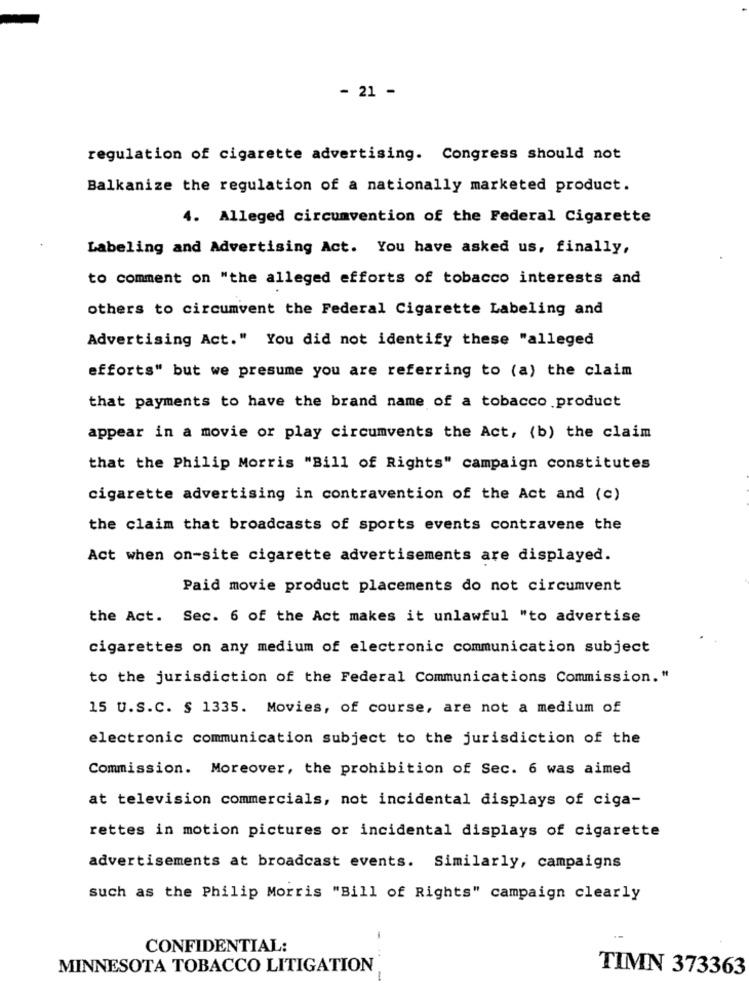
- 21 -
regulation of cigarette advertising. Congress should not
Balkanize the regulation of a nationally marketed product.
4. Alleged circumvention of the Federal Cigarette
Labeling and Advertising Act. You have asked us, finally,
to comment on "the alleged efforts of tobacco interests and
others to circumvent the Federal Cigarette Labeling and
Advertising Act." You did not identify these "alleged
efforts" but we presume you are referring to (a) the claim
that payments to have the brand name of a tobacco product
appear in a movie or play circumvents the Act, (b) the claim
that the Philip Morris "Bill of Rights" campaign constitutes
cigarette advertising in contravention of the Act and (c)
the claim that broadcasts of sports events contravene the
Act when on-site cigarette advertisements are displayed.
Paid movie product placements do not circumvent
the Act. Sec. 6 of the Act makes it unlawful "to advertise
cigarettes on any medium of electronic communication subject
to the jurisdiction of the Federal Communications Commission."
15 U.S.C. § 1335. Movies, of course, are not a medium of
electronic communication subject to the jurisdiction of the
Commission. Moreover, the prohibition of Sec. 6 was aimed
at television commercials, not incidental displays of ciga-
rettes in motion pictures or incidental displays of cigarette
advertisements at broadcast events. Similarly, campaigns
such as the Philip Morris "Bill of Rights" campaign clearly
-
CONFIDENTIAL:
MINNESOTA TOBACCO LITIGATION
TIMN 373363
-